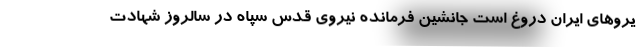
یروهای ایران دروغ است جانشین فرمانده نیروی قدس سپاه در سالروز شهادت